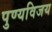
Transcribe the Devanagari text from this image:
पुण्यविजय